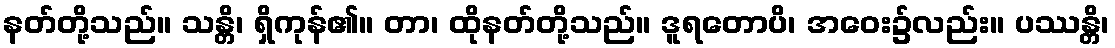
နတ်တို့သည်။ သန္တိ၊ ရှိကုန်၏။ တာ၊ ထိုနတ်တို့သည်။ ဒူရတောပိ၊ အဝေး၌လည်း။ ပဿန္တိ၊